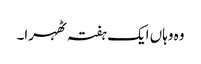
وہ وہاں ایک ہفتہ ٹھہرا۔